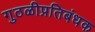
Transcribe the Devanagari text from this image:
गुठळीप्रतिबंधक